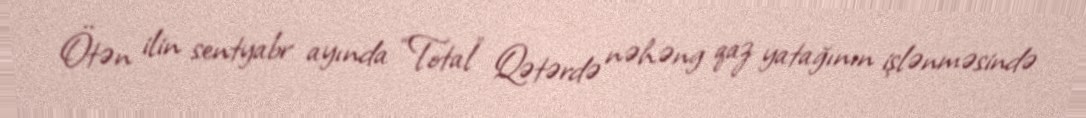
Ötən ilin sentyabr ayında “Total” Qətərdə nəhəng qaz yatağının işlənməsində